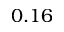
0 . 1 6